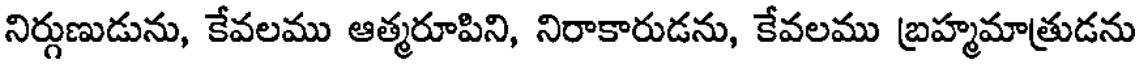
నిర్గుణుడును, కేవలము ఆత్మరూపిని, నిరాకారుడను, కేవలము బ్రహ్మమాత్రుడను